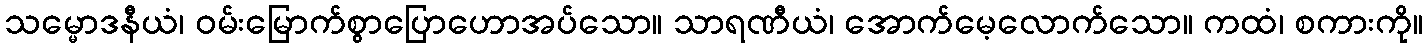
သမ္မောဒနီယံ၊ ဝမ်းမြောက်စွာပြောဟောအပ်သော။ သာရဏီယံ၊ အောက်မေ့လောက်သော။ ကထံ၊ စကားကို။